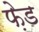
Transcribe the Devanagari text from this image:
फ़ेड